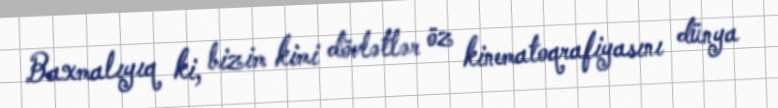
Baxmalıyıq ki, bizim kimi dövlətlər öz kinematoqrafiyasını dünya